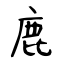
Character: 鹿